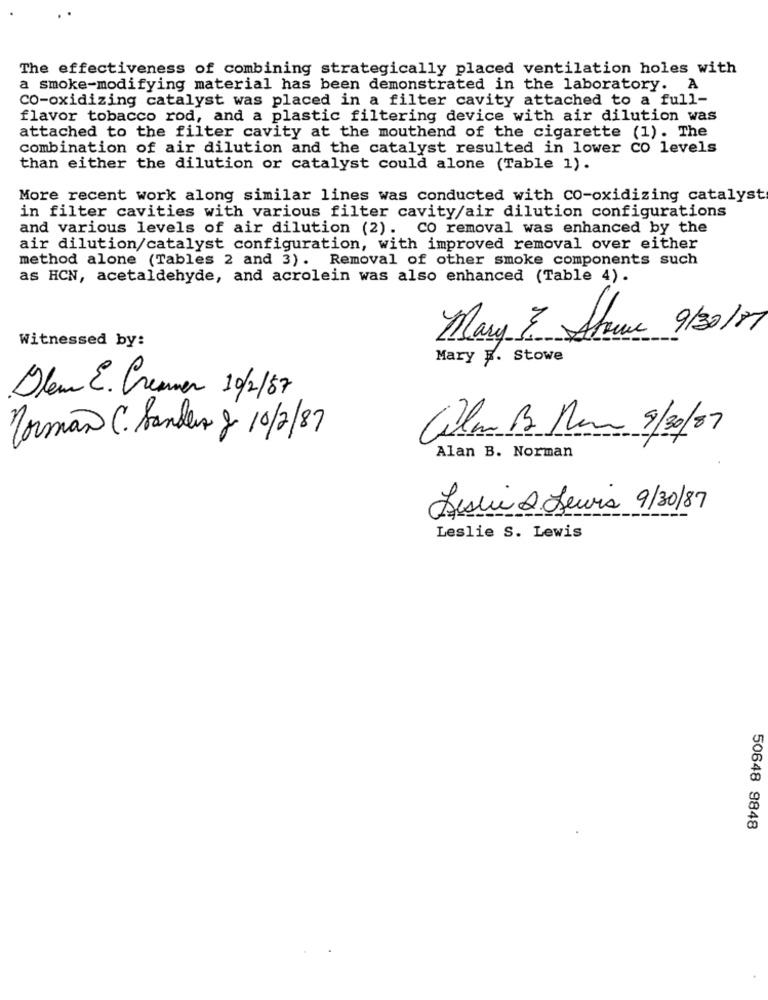
The effectiveness of combining strategically placed ventilation holes with
a smoke-modifying material has been demonstrated in the laboratory. A
CO-oxidizing catalyst was placed in a filter cavity attached to a full-
flavor tobacco rod, and a plastic filtering device with air dilution was
attached to the filter cavity at the mouthend of the cigarette (1). The
combination of air dilution and the catalyst resulted in lower co levels
than either the dilution or catalyst could alone (Table 1).
More recent work along similar lines was conducted with co-oxidizing catalyst
in filter cavities with various filter cavity/air dilution configurations
and various levels of air dilution (2). CO removal was enhanced by the
air dilution/catalyst configuration, with improved removal over either
method alone (Tables 2 and 3). Removal of other smoke components such
as HCN, acetaldehyde, and acrolein was also enhanced (Table 4).
Mary & Arne 9/30/7
Witnessed by:
Mary E. Stowe
Dlem E. Creamer 10/2/57
Norman C. Sanders y 10/2/87
Clean B Nen 8/30/87
Alan B. Norman
Jesui & Seuis 9/30/87
Leslie S. Lewis
50648 9848